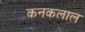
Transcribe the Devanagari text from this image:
कनकलाल